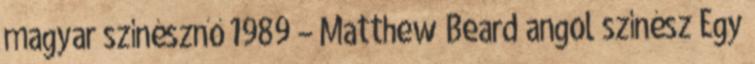
magyar színésznő 1989 – Matthew Beard angol színész Egy